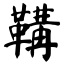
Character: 鞲